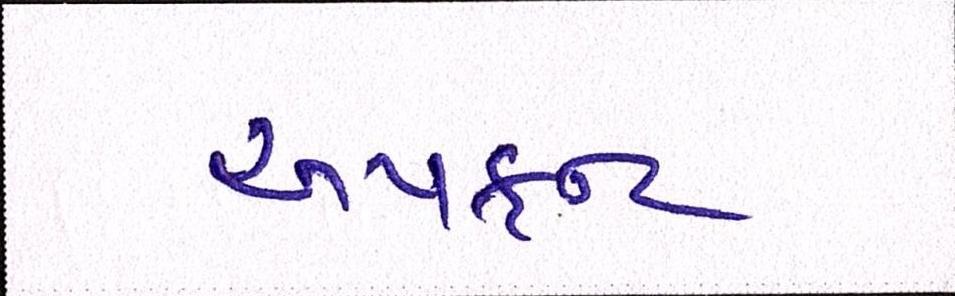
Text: અપફ્રન્ટ